Vaccination in Bombay 1856-1862 - 1856-1862
Year: 1856
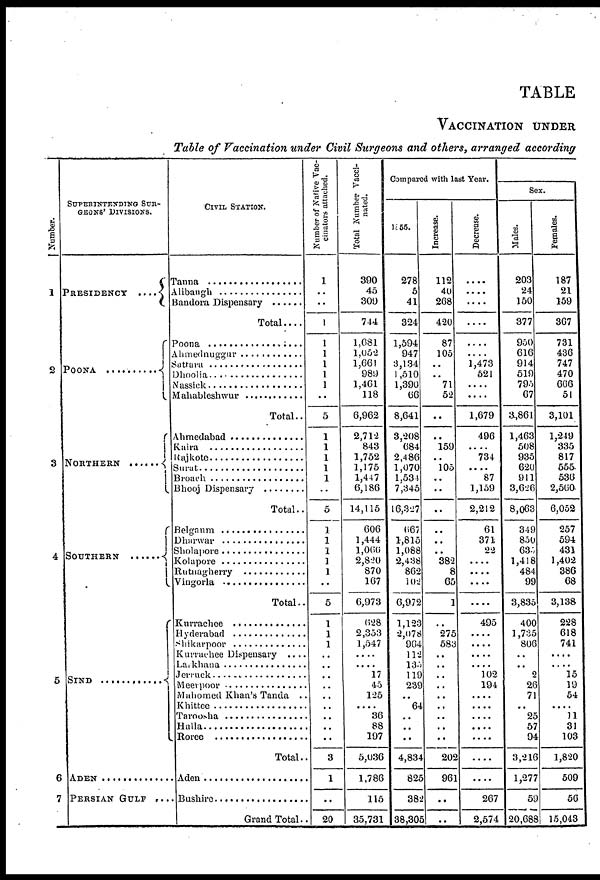
TABLE
VACCINATION UNDER
Table of Vaccination under Civil Surgeons and others, arranged according
Number.
1
2
3
4
5
6
7
SUPERINTENDING SUR-
GEONS' DIVISIONS.
PRESIDENCY
....
POONA .......................
NORTHERN ...................
S O U T H E R N ...........
SIND .......................
ADEN ................................
PERSIAN GULF ....
CIVIL STATION.
Tanna ...................................
Alibangh .............................
Bandora Dispensary ...........
Total ....
Poona ...................................
Ahmednuggur .......................
Sattara ..................................
Dhoolia ................................
Nassick ................................
Mahableshwur .....................
Total..
Ahmedabad .........................
Kaira ...................................
Rajkote ...............................
Surat ...................................
Broach .................................
Bhooj Dispensary ................
Total..
Belgaum .............................
Dharwar .............................
Sholapore ..........................
Kolapore ...........................
Rutnagherry ........................
Vingorla ............................
Total..
Kurrachee ............................
Hyderabad ..........................
Shikarpoor .........................
Kurrachee Dispensary
....
Larkhana .....................
Jerruck .............................
Meerpoor .....................
Mahomed Khan's Tanda ..
Khittee ...............................
Tarosha ...............................
Halla ................................
Roree ..................................
Total..
Aden ...............................
Bushire .............................
Grand Total..
Number of Native Vac-
cinators attached.
1
..
..
1
1
1
1
1
1
..
5
1
1
1
1
1
..
5
1
1
1
1
1
..
5
1
1
1
..
.. ..
..
..
..
.. ..
..
3
1
..
20
Total Number Vacci-
nated.
390
45
309
744
1,681
1,052
1,661
989
1,461
118
6,962
2,712
843
1,752
1,175
1,447
6,186
14,115
606
1,444
1,066
2,820
870
167
6,973
628
2,353
1,547
....
....
17
45
125
....
36
88
197
5,036
1,786
115
35,731
Compared with last Year.
1855.
278
5
41
324
1,594
947
3,134
1,510
1,390
66
8,641
3,208
684
2,486
1,070
1,534
7,345
16,327
667
1,815
1,088
2,438
862
102
6,972
1,123
2,078
964
112
133
119
239
..
64
.. ..
..
4,834
825
382
38,305
Increase.
112
40
268
420
87
105
..
..
71
52
..
.
159
..
105
..
..
..
..
1
..
382
8
65
1
..
275
583
..
..
..
..
..
..
.. ..
..
202
961
..
..
Decrease.
....
....
....
....
....
....
1,473
521
....
....
1,679
496
....
734
....
87
1,159
2,212
61
371
22
....
....
....
....
495
....
....
....
....
102
194
....
....
....
....
....
....
....
267
2,574
Sex.
Males.
203
24
150
377
950
616
914
519
795
67
3,861
1,463
508
935
620
911
3,626
8,063
349
850
634
1,418
484
99
3,835
400
1,735
806
..
.. 2
26
71
..
25
57
94
3,216
1,277
59
20,688
Females.
187
21
159
367
731
436
747
470
666
51
3,101
1,249
335
817
555
536
2,560
6,052
257
594
431
1,402
386
68
3,138
228
618
741
....
....
15
19
54
....
11
31
103
1,820
509
56
15,043